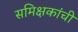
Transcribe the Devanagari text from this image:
समिक्षकांची